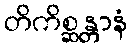
တိကိစ္ဆန္တာနံ